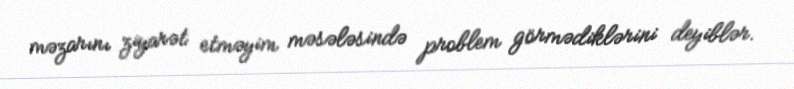
məzarını ziyarət etməyim məsələsində problem görmədiklərini deyiblər.